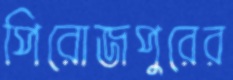
পিরোজপুরের